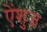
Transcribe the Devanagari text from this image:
ऐंशुज़